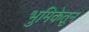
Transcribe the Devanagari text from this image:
भुमिकेतून